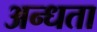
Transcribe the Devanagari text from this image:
अन्‍धता